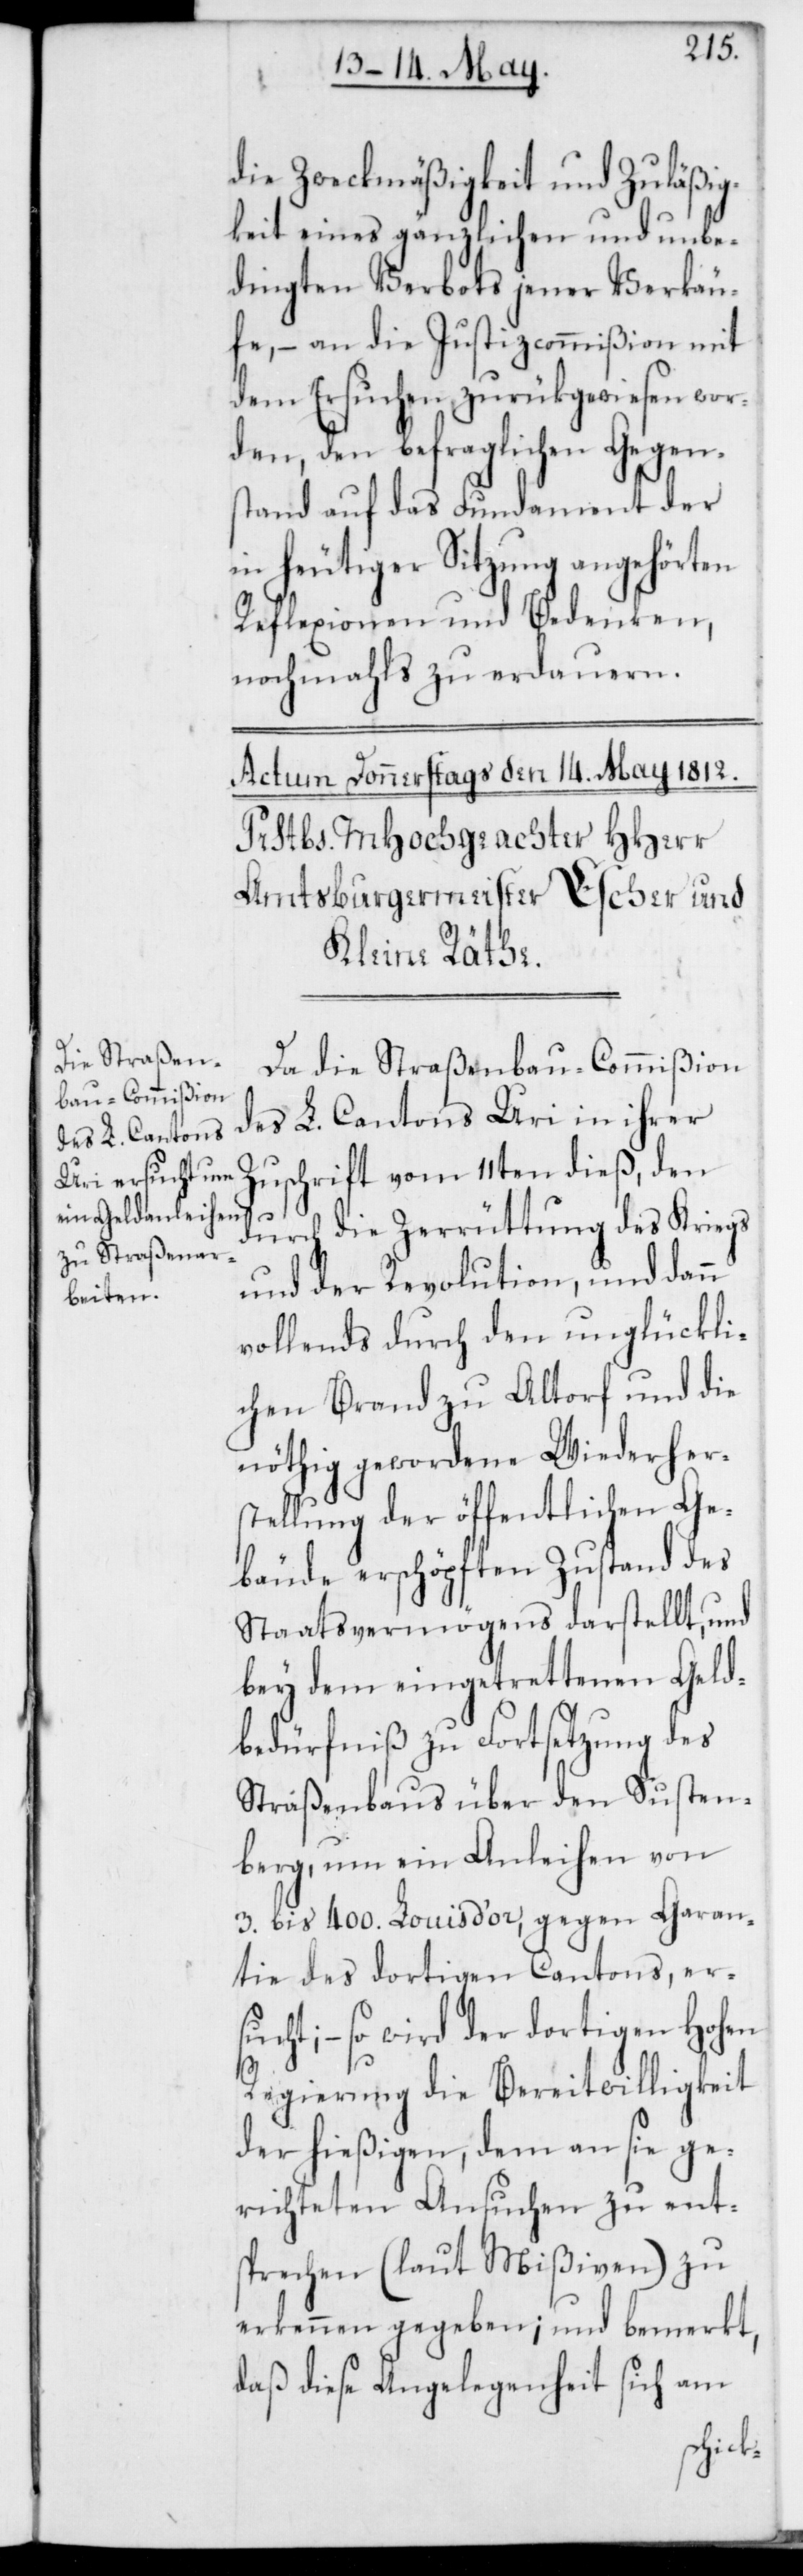
die Zweckmäßigkeit und Zuläßig¬
keit eines gänzlichen und unbe¬
dingten Verbots jener Verkäu¬
fe, – an die Justizcommißion mit
dem Ersuchen zurückgewiesen wor¬
den, den befraglichen Gegen¬
stand auf das Fundament der
in heutiger Sitzung angehörten
Reflexionen und Bedenken,
nochmahls zu erdauern.
Da die Straßenbau-Commißion
Zuschrift vom 11ten dieß, den
durch die Zerrüttung des Kriegs
und der Revolution, und dann
vollends durch den unglückli¬
chen Brand zu Altorf und die
nöthig gewordene Wiederher¬
stellung der öffentlichen Ge¬
bäude erschöpften Zustand des
Staatsvermögens darstellt, und
bey dem eingetrettenen Geld¬
bedürfniß zu Fortsetzung des
Straßenbaus über den Susten¬
berg, um ein Anleihen von
3. bis 400. Louisd’or, gegen Garan¬
tie des dortigen Cantons, ers¬
ucht; – so wird der dortigen Hohen
Regierung die Bereitwilligkeit
der hießigen, dem an sie ge¬
richteten Ansuchen zu ent¬
sprechen (laut Mißiven) zu
erkennen gegeben; und bemerkt,
daß diese Angelegenheit sich am
ihrer